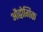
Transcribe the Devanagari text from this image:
औद्वोगिक